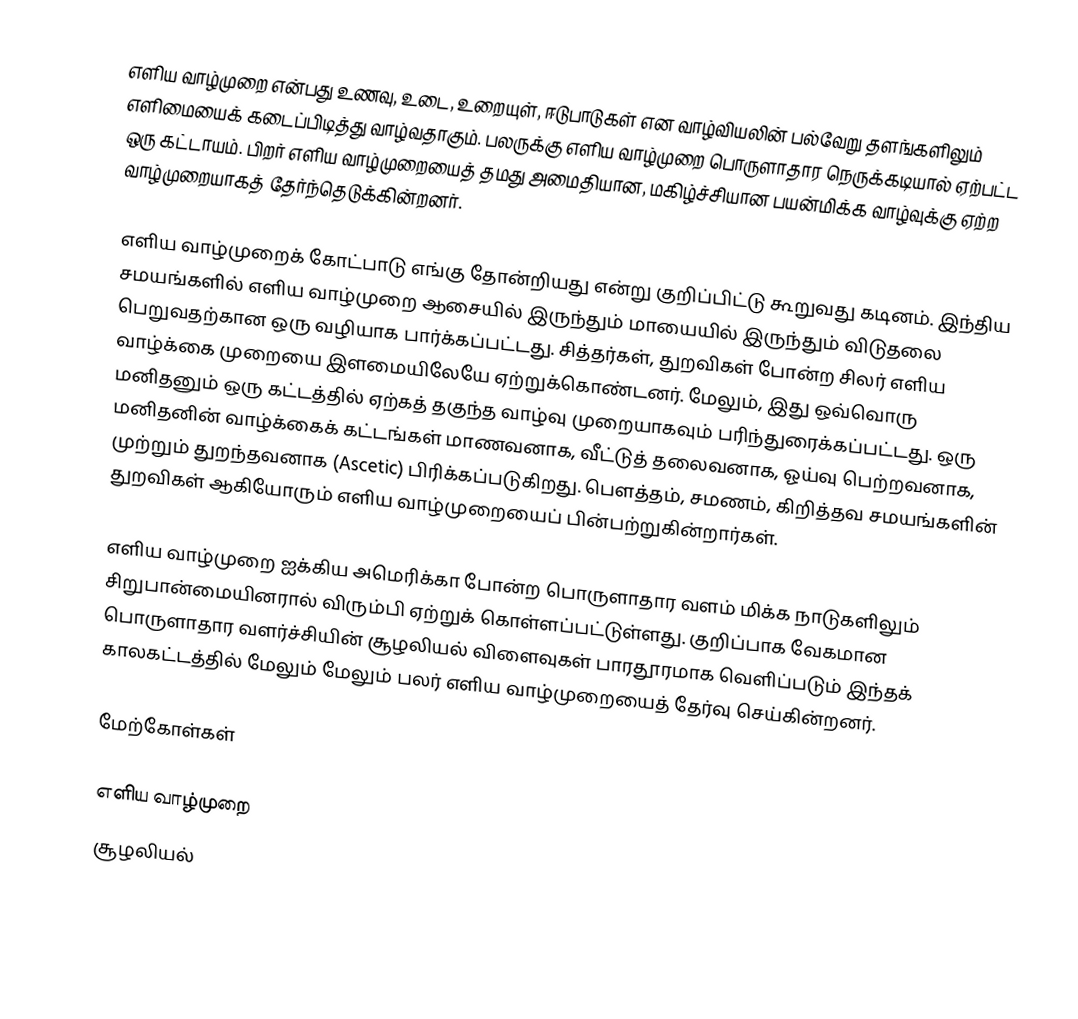
எளிய வாழ்முறை என்பது உணவு, உடை, உறையுள், ஈடுபாடுகள் என வாழ்வியலின் பல்வேறு தளங்களிலும் எளிமையைக் கடைப்பிடித்து வாழ்வதாகும்.  பலருக்கு எளிய வாழ்முறை பொருளாதார நெருக்கடியால் ஏற்பட்ட ஒரு கட்டாயம். பிறர் எளிய வாழ்முறையைத் தமது அமைதியான, மகிழ்ச்சியான பயன்மிக்க வாழ்வுக்கு ஏற்ற வாழ்முறையாகத் தேர்ந்தெடுக்கின்றனர்.

எளிய வாழ்முறைக் கோட்பாடு எங்கு தோன்றியது என்று குறிப்பிட்டு கூறுவது கடினம். இந்திய சமயங்களில் எளிய வாழ்முறை ஆசையில் இருந்தும் மாயையில் இருந்தும் விடுதலை பெறுவதற்கான ஒரு வழியாக பார்க்கப்பட்டது.  சித்தர்கள், துறவிகள் போன்ற சிலர் எளிய வாழ்க்கை முறையை இளமையிலேயே ஏற்றுக்கொண்டனர். மேலும், இது ஒவ்வொரு மனிதனும் ஒரு கட்டத்தில் ஏற்கத் தகுந்த வாழ்வு முறையாகவும் பரிந்துரைக்கப்பட்டது. ஒரு மனிதனின் வாழ்க்கைக் கட்டங்கள் மாணவனாக, வீட்டுத் தலைவனாக, ஓய்வு பெற்றவனாக, முற்றும் துறந்தவனாக (Ascetic) பிரிக்கப்படுகிறது.  பௌத்தம், சமணம், கிறித்தவ சமயங்களின் துறவிகள் ஆகியோரும் எளிய வாழ்முறையைப் பின்பற்றுகின்றார்கள்.

எளிய வாழ்முறை ஐக்கிய அமெரிக்கா போன்ற பொருளாதார வளம் மிக்க நாடுகளிலும் சிறுபான்மையினரால் விரும்பி ஏற்றுக் கொள்ளப்பட்டுள்ளது. குறிப்பாக வேகமான பொருளாதார வளர்ச்சியின் சூழலியல் விளைவுகள் பாரதூரமாக வெளிப்படும் இந்தக் காலகட்டத்தில் மேலும் மேலும் பலர் எளிய வாழ்முறையைத் தேர்வு செய்கின்றனர்.

மேற்கோள்கள்

எளிய வாழ்முறை
சூழலியல்